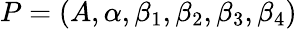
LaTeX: P=(A,\alpha,\beta_{1},\beta_{2},\beta_{3},\beta_{4})